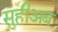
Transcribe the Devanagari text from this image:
सुहीअब